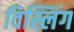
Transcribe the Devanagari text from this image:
विस्लिंग